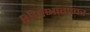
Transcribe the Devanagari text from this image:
शीर्षभागावर